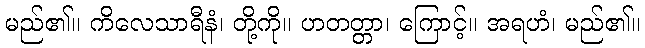
မည်၏။ ကိလေသာရီနံ၊ တို့ကို။ ဟတတ္တာ၊ ကြောင့်။ အရဟံ၊ မည်၏။